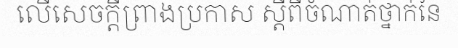
លើសេចក្តីព្រាងប្រកាស ស្តីពីចំណាត់ថ្នាក់នៃ